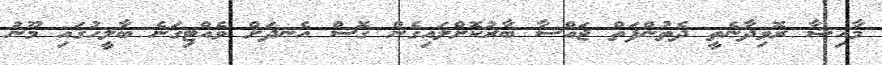
މާއިޝާ ރޮވިދާނެތީ ދެތުންފަތް ޖައްސާ ބާރުކޮށްލައިގެން ގޮސް އެނދަށް ވެއްޓިގަނެ ބާލީހުގައި މޫނު